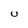
Character: U